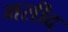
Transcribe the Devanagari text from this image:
मसीद